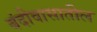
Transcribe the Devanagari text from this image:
बंदीवासातील